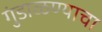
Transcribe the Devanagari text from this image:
गुंडाळण्याचा